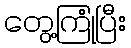
တွေ့ကြုံပြီး